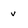
Character: v